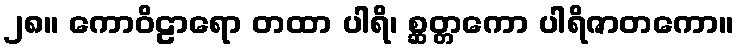
၂၈။ ကောဝိဠာရော တထာ ပါရိ၊ စ္ဆတ္တကော ပါရိဇာတကော။